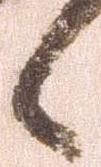
候